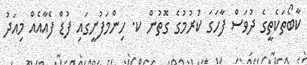
ކާބޯތަކެތީގެ ދުވަސް ފާހަގަ ކުރުމުގެ ގޮތުން ކ. ހިންމަފުށީގައި ފުޑް ފެއާއެއް މިއަދު